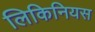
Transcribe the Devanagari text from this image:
लिकिनियस